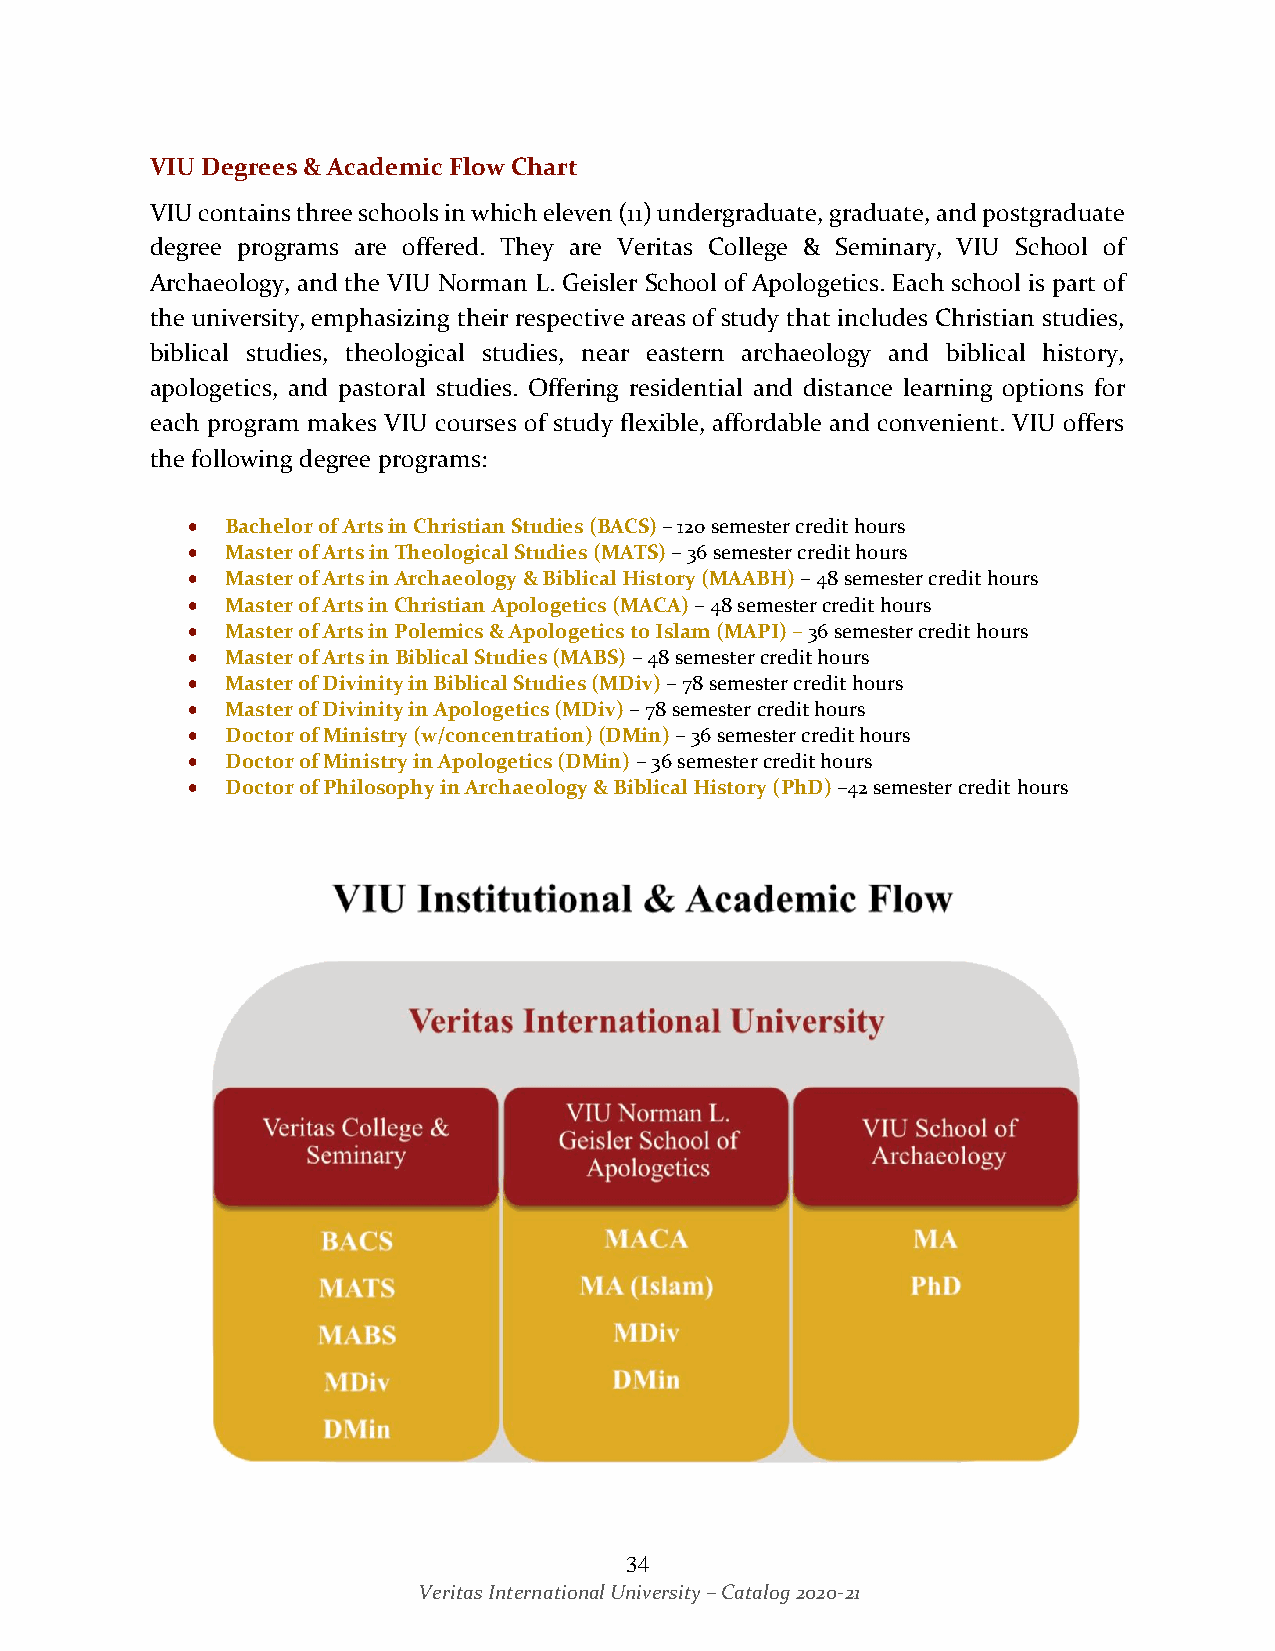
VIU Degrees & Academic Flow Chart
 VIU contains three schools in which eleven (11) undergraduate, graduate, and postgraduate
 degree programs are offered. They are Veritas College & Seminary, VIU School of
 Archaeology, and the VIU Norman L. Geisler School of Apologetics. Each school is part of
 the university, emphasizing their respective areas of study that includes Christian studies,
 biblical studies, theological studies, near eastern archaeology and biblical history,
 apologetics, and pastoral studies. Offering residential and distance learning options for
 each program makes VIU courses of study flexible, affordable and convenient. VIU offers
 the following degree programs:
 •  Bachelor of Arts in Christian Studies (BACS) – 120 semester credit hours
 •  Master of Arts in Theological Studies (MATS) – 36 semester credit hours
 •  Master of Arts in Archaeology & Biblical History (MAABH) – 48 semester credit hours
 •  Master of Arts in Christian Apologetics (MACA) – 48 semester credit hours
 •  Master of Arts in Polemics & Apologetics to Islam (MAPI) – 36 semester credit hours
 •  Master of Arts in Biblical Studies (MABS) – 48 semester credit hours
 •  Master of Divinity in Biblical Studies (MDiv) – 78 semester credit hours
 •  Master of Divinity in Apologetics (MDiv) – 78 semester credit hours
 •  Doctor of Ministry (w/concentration) (DMin) – 36 semester credit hours
 •  Doctor of Ministry in Apologetics (DMin) – 36 semester credit hours
 •  Doctor of Philosophy in Archaeology & Biblical History (PhD) –42 semester credit hours
 The degree programs are arranged under three schools within the University as follows:
 34
 Veritas International University – Catalog 2020-21